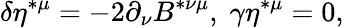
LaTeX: \delta\eta^{*\mu}=-2\partial_{\nu}B^{*\nu\mu},\; \gamma\eta^{*\mu}=0,